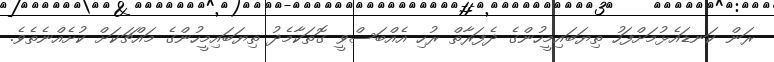
ރަން ކަނޑައެޅުމަށްފަހު ތިޔަބައިމީހުންގެ ދެފަރާތް ރުހި އެއްބަސްވީ ގޮތަކާމެދު ތިޔަބައިމީހުންގެ މައްޗަކަށް ކުށެއްނެތެވެ.